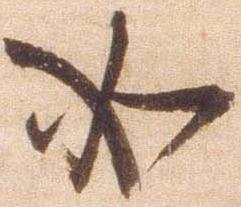
如